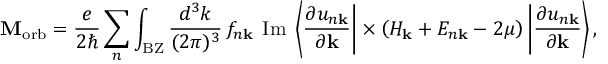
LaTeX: \mathbf { M } _ { \mathrm { { o r b } } } = { \frac { e } { 2 \hbar } } \sum _ { n } \int _ { \mathrm { { B Z } } } { \frac { d ^ { 3 } k } { ( 2 \pi ) ^ { 3 } } } \, f _ { n \mathbf { k } } \; \operatorname { I m } \; \left\langle { \frac { \partial u _ { n \mathbf { k } } } { \partial { \mathbf { k } } } } \right| \times \left( H _ { \mathbf { k } } + E _ { n \mathbf { k } } - 2 \mu \right) \left| { \frac { \partial u _ { n \mathbf { k } } } { \partial { \mathbf { k } } } } \right\rangle ,